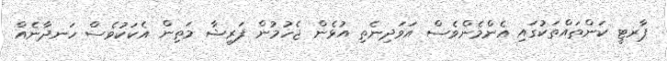
ޕާރޓީ ކަންތައްތަކުގައި އެންމެންވެސް އަވަދިނެތި އުޅެން ޖެހުމުން ފަރީޝާ މަތިން އެކަކުވެސް ހަނދާނެއް